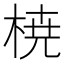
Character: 𣓤